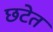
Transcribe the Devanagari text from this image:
छटेत